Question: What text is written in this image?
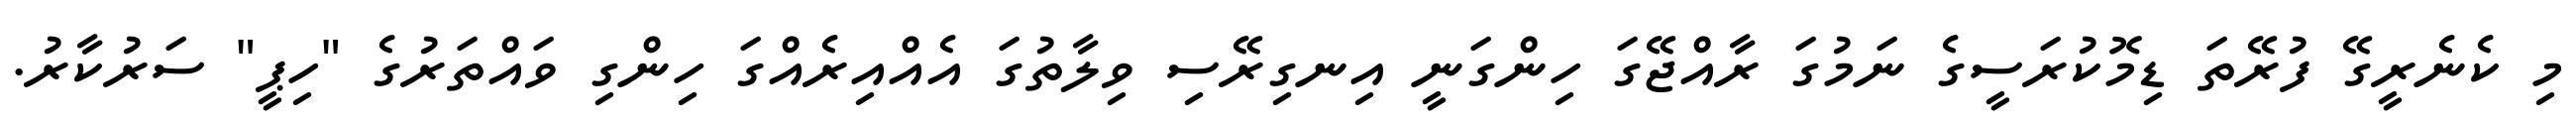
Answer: މި ކެނެރީގޭ ފުރޭތަ ޑިމޮކުރަސީގެ ނަމުގަ ރާއްޖޭގަ ހިންގަނީ އިނގިރޭސި ވިލާތުގަ އެއްއިރެއްގަ ހިންގި ވައްތަރުގެ "ހިޕީ" ސަރުކާރު.